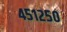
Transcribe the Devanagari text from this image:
४५१२५०